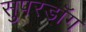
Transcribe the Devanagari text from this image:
सुपरडॉग